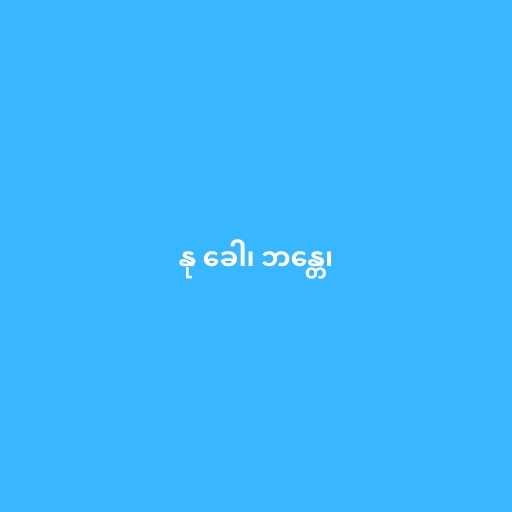
နု ခေါ၊ ဘန္တေ၊